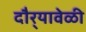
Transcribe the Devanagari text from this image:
दौर्‍यावेळी